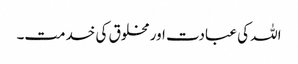
اللہ کی عبادت اور مخلوق کی خدمت۔